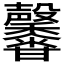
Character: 𤯒